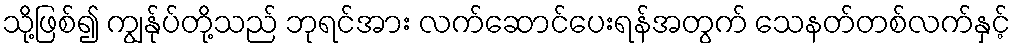
သို့ဖြစ်၍ ကျွန်ုပ်တို့သည် ဘုရင်အား လက်ဆောင်ပေးရန်အတွက် သေနတ်တစ်လက်နှင့်